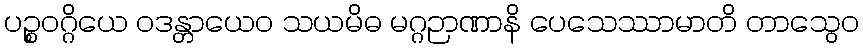
ပဉ္စဝဂ္ဂိယေ ဝဒန္တာယေဝ သယမိဓ မဂ္ဂဉာဏာနိ ပေသေဿာမာတိ တာသွေဝ